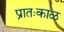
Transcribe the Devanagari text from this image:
प्रातःकाळ